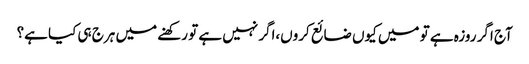
آج اگر روزہ ہے تو میں کیوں ضائع کروں،اگر نہیں ہے تو رکھنے میں ہرج ہی کیا ہے؟